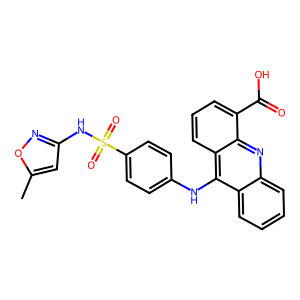
SMILES: Cc1cc(NS(=O)(=O)c2ccc(Nc3c4ccccc4nc4c(C(=O)O)cccc34)cc2)no1
Inhibits HIV replication: No